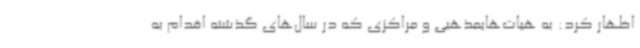
اظهار کرد: به هیات‌هایمذهبی و مراکزی که در سال‌های گذشته اقدام به